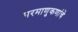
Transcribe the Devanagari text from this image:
परमाणुकणांचे